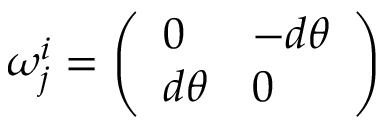
\omega _ { j } ^ { i } = { \left( \begin{array} { l l } { 0 } & { - d \theta } \\ { d \theta } & { 0 } \end{array} \right) }